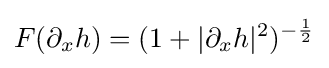
F(\partial _{x}h)=(1+|\partial _{x}h|^{2})^{-{\frac {1}{2}}}